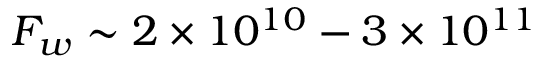
F _ { w } \sim 2 \times 1 0 ^ { 1 0 } - 3 \times 1 0 ^ { 1 1 }